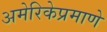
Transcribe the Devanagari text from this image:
अमेरिकेप्रमाणे